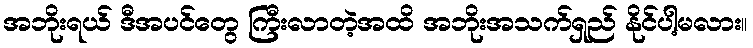
အဘိုးရယ် ဒီအပင်တွေ ကြီးလာတဲ့အထိ အဘိုးအသက်ရှည် နိုင်ပါ့မလား။